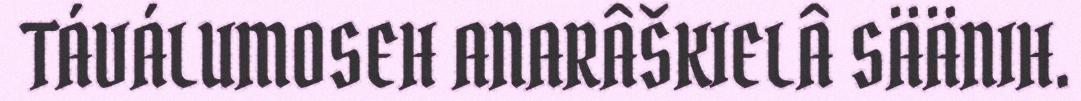
TÁVÁLUMOSEH ANARÂŠKIELÂ SÄÄNIH.